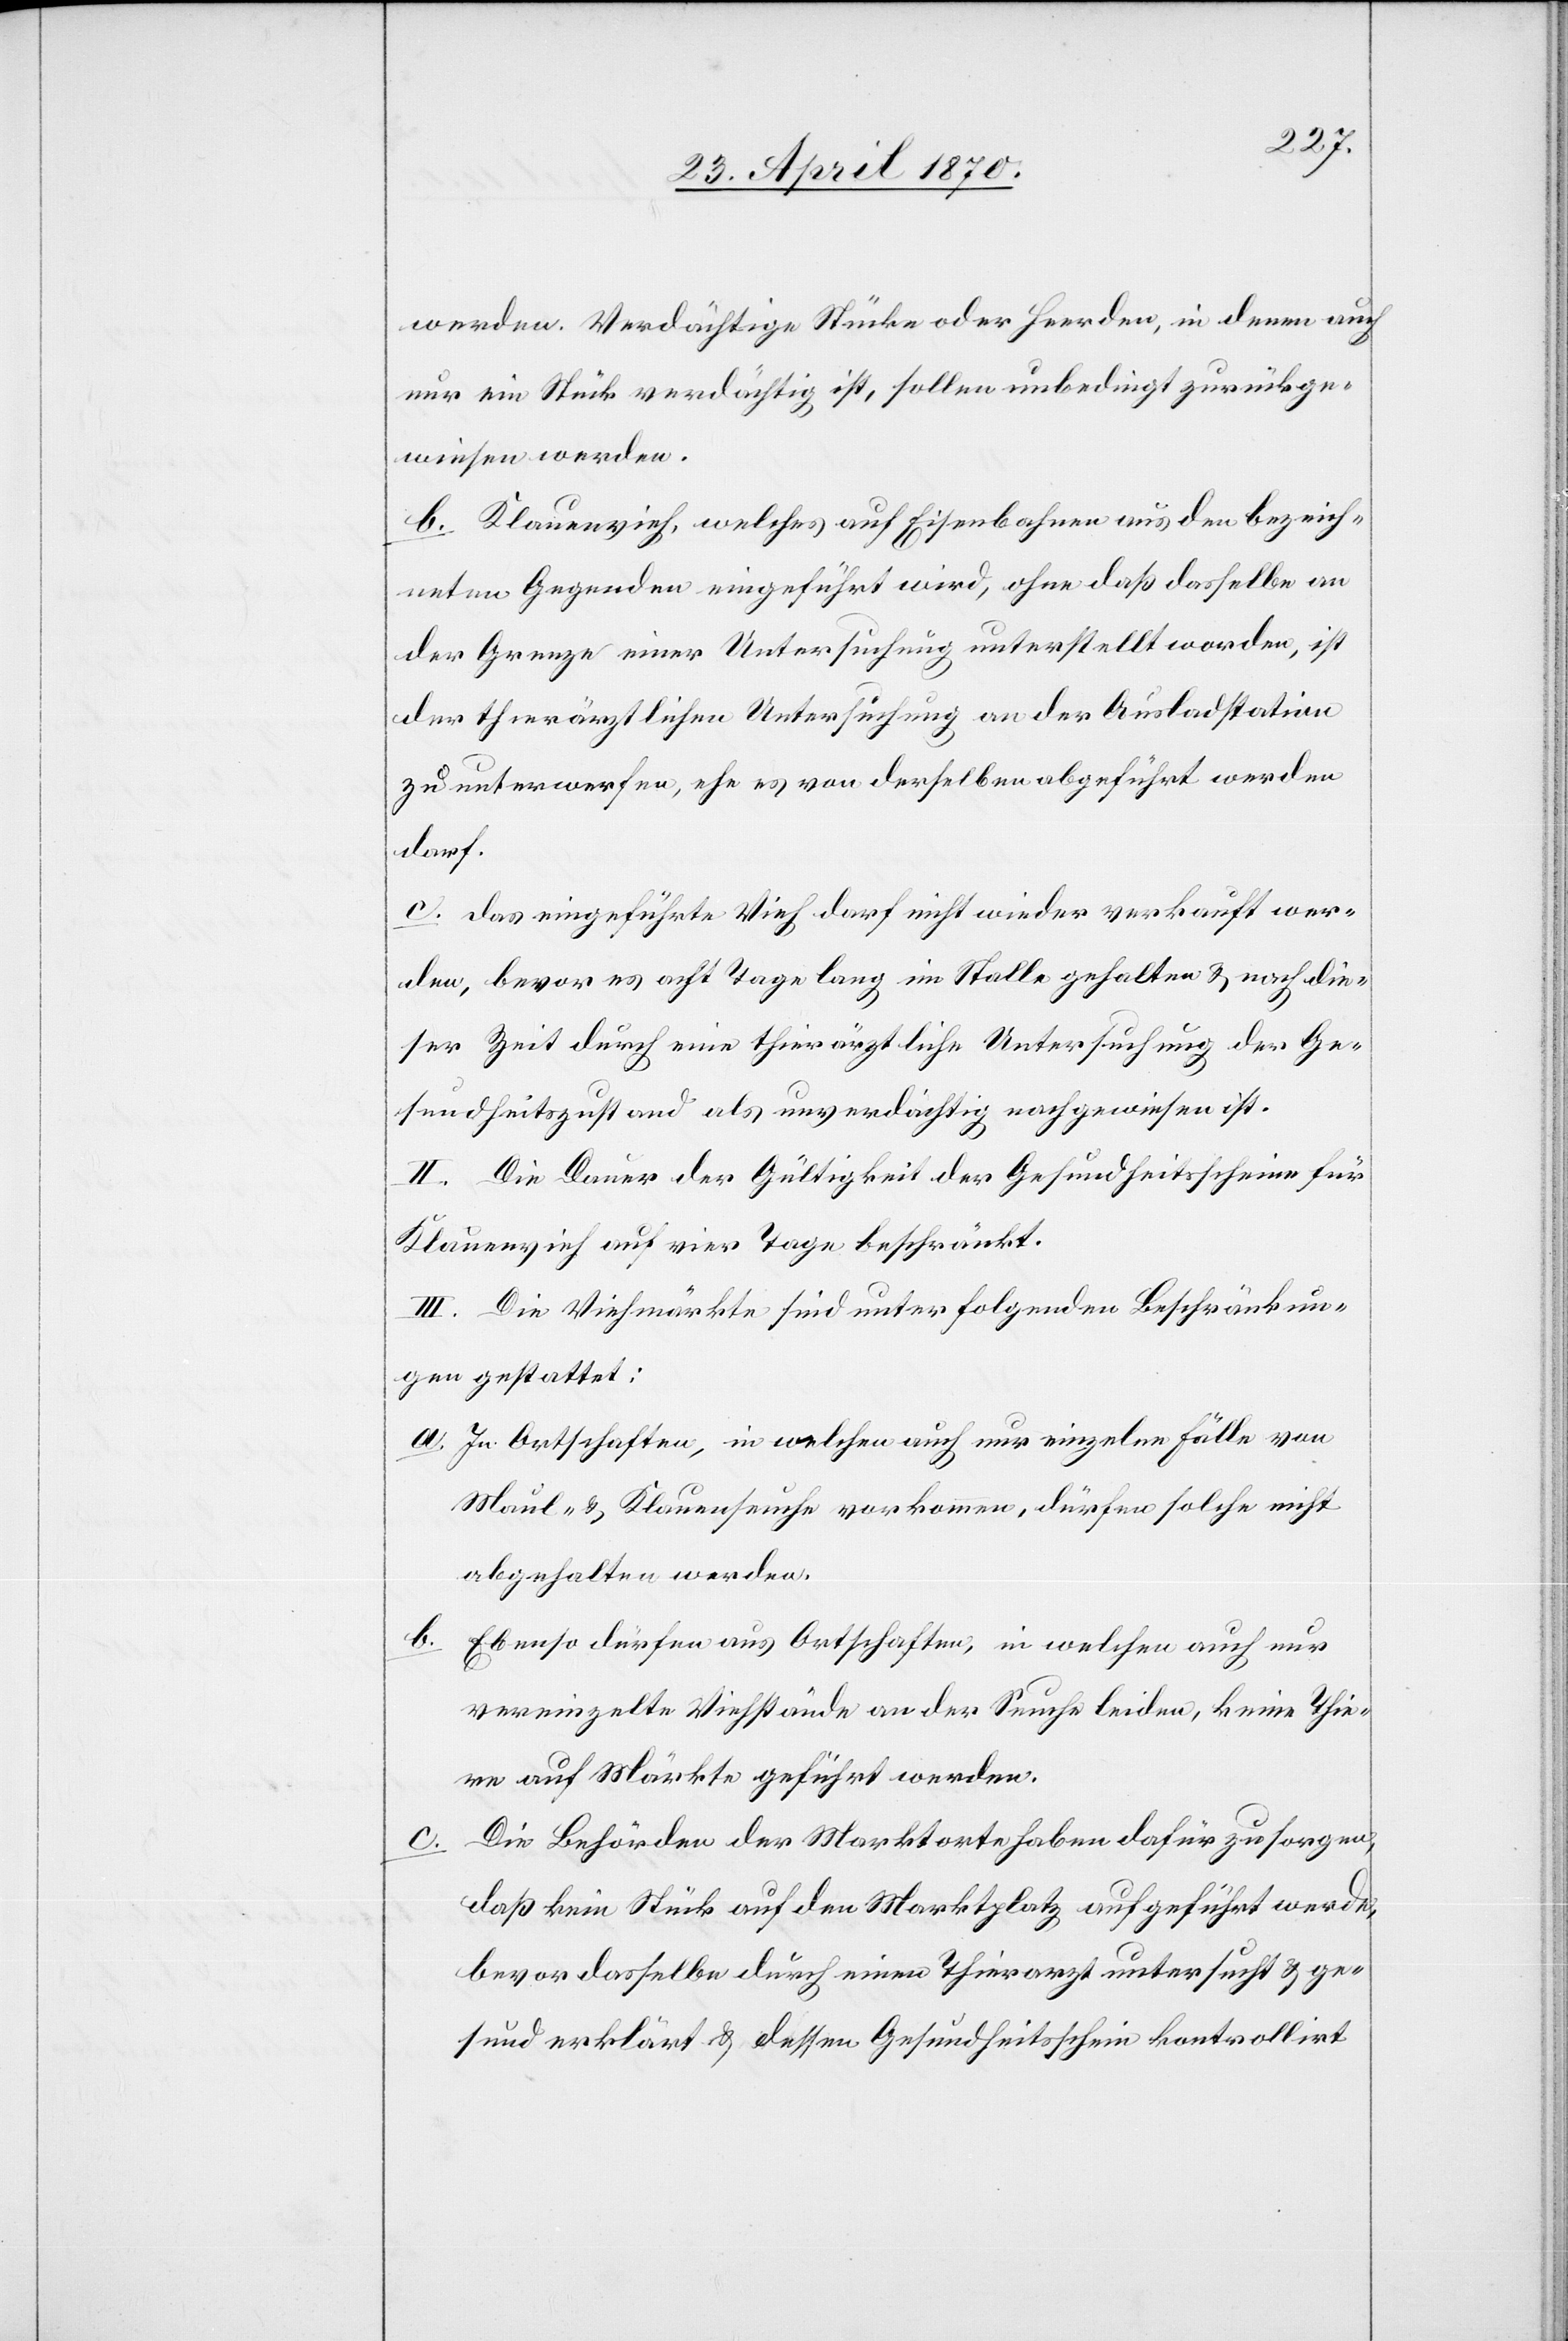
werden. Verdächtige Stücke oder Heerden, in denen auch
nur ein Stück verdächtig ist, sollen unbedingt zurückge¬
wiesen werden.
b. Klauenvieh, welches auf Eisenbahnen aus den bezeich¬
neten Gegenden eingeführt wird, ohne daß dasselbe an
der Grenze einer Untersuchung unterstellt worden, ist
der thierärztlichen Untersuchung an der Ausladstation
zu unterwerfen, ehe es von derselben abgeführt werden
darf.
c. das eingeführte Vieh darf nicht wieder verkauft wer¬
den, bevor es acht Tage lang im Stalle gehalten & nach die¬
ser Zeit durch eine thierärztliche Untersuchung der Ge¬
sundheitszustand als unverdächtig nachgewiesen ist.
II. Die Dauer der Gültigkeit der Gesundheitsscheine für
[wird] auf vier Tage beschränkt.
III. Die Viehmärkte sind unter folgenden Beschränkun¬
gen gestattet:
a. In Ortschaften, in welchen auch nur einzelne Fälle von
Maul- & Klauenseuche vorkommen, dürfen solche nicht
abgehalten werden.
b.
Ebenso dürfen aus Ortschaften, in welchen auch nur
vereinzelte Viehstände an der Seuche leiden, keine Thie¬
re auf Märkte geführt werden.
c. Die Behörden der Marktorte haben dafür zu sorgen,
daß kein Stück auf den Marktplatz aufgeführt werde,
bevor dasselbe durch einen Thierarzt untersucht & ge¬
sund erklärt & dessen Gesundheitsschein kontrolliert